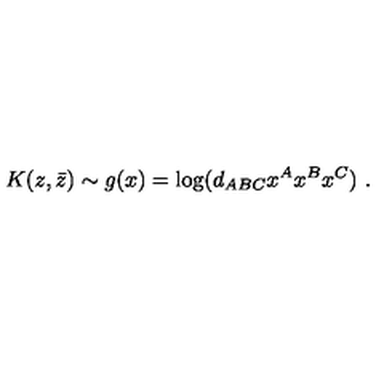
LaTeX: K ( z , \bar { z } ) \sim g ( x ) = \log ( d _ { A B C } x ^ { A } x ^ { B } x ^ { C } ) \ .